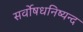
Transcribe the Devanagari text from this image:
सर्वोषधनिष्यन्द